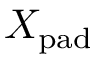
X _ { \mathrm { p a d } }